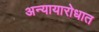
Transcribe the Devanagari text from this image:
अन्यायारोधात